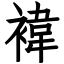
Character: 褘